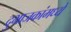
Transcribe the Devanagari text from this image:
दुभाजकांमध्ये